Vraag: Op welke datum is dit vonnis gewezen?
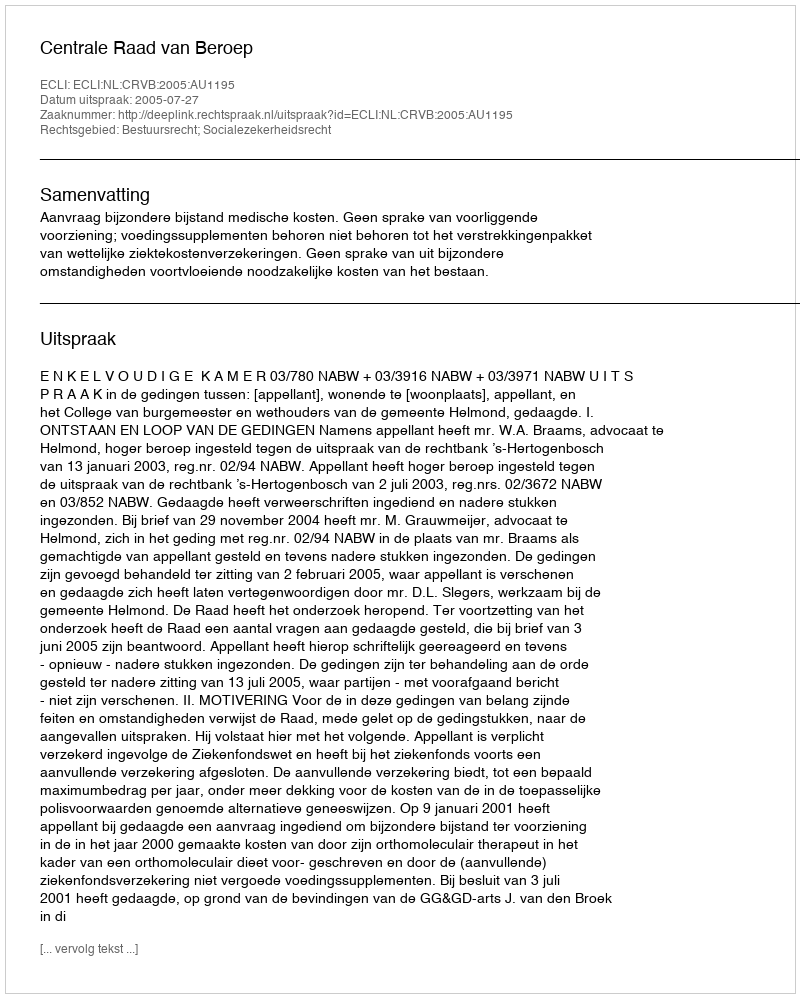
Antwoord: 2005-07-27